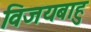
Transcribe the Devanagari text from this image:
विजयबाहु